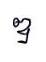
ឌ